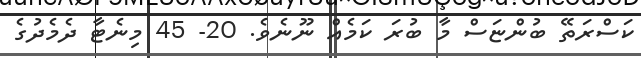
ކަސްރަތޭ ބުންޏަސް މާ ބުރަ ކަމެއް ނޫނެވެ. 20- 45 މިނެޓާ ދެމެދުގެ